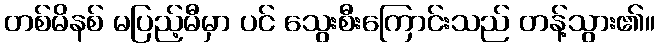
တစ်မိနစ် မပြည့်မီမှာ ပင် သွေးစီးကြောင်းသည် တန့်သွား၏။